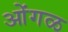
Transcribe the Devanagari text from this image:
ओंगळ